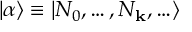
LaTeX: \vert \alpha \rangle \equiv \vert N _ { 0 } , \ldots , N _ { \bf k } , \ldots \rangle